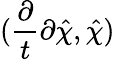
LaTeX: (\frac{\partial}{t}{\partial\hat{\chi}},\hat{\chi})